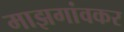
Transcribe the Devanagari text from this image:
माझगांवकर